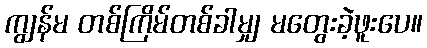
ကျွန်မ တစ်ကြိမ်တစ်ခါမျှ မတွေးခဲ့ဖူးပေ။